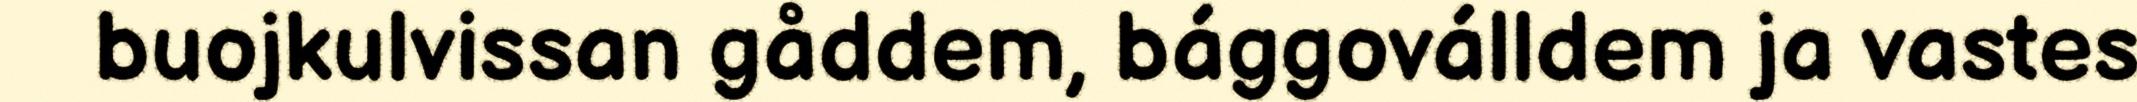
buojkulvissan gåddem, bággoválldem ja vastes